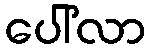
ပေါ်လာ